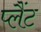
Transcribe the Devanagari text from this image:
प्लैंट